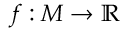
f : M \to \mathbb { R }